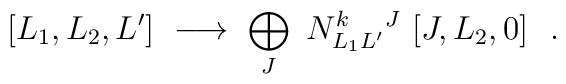
[L_{1},L_{2},L']\ \longrightarrow\ \makebox[6cm][l]{$\displaystyle \bigoplus_{J}\ N^{k}_{L_{1}L'}{}^{J}\ [J,L_{2},0] \ \ .$}